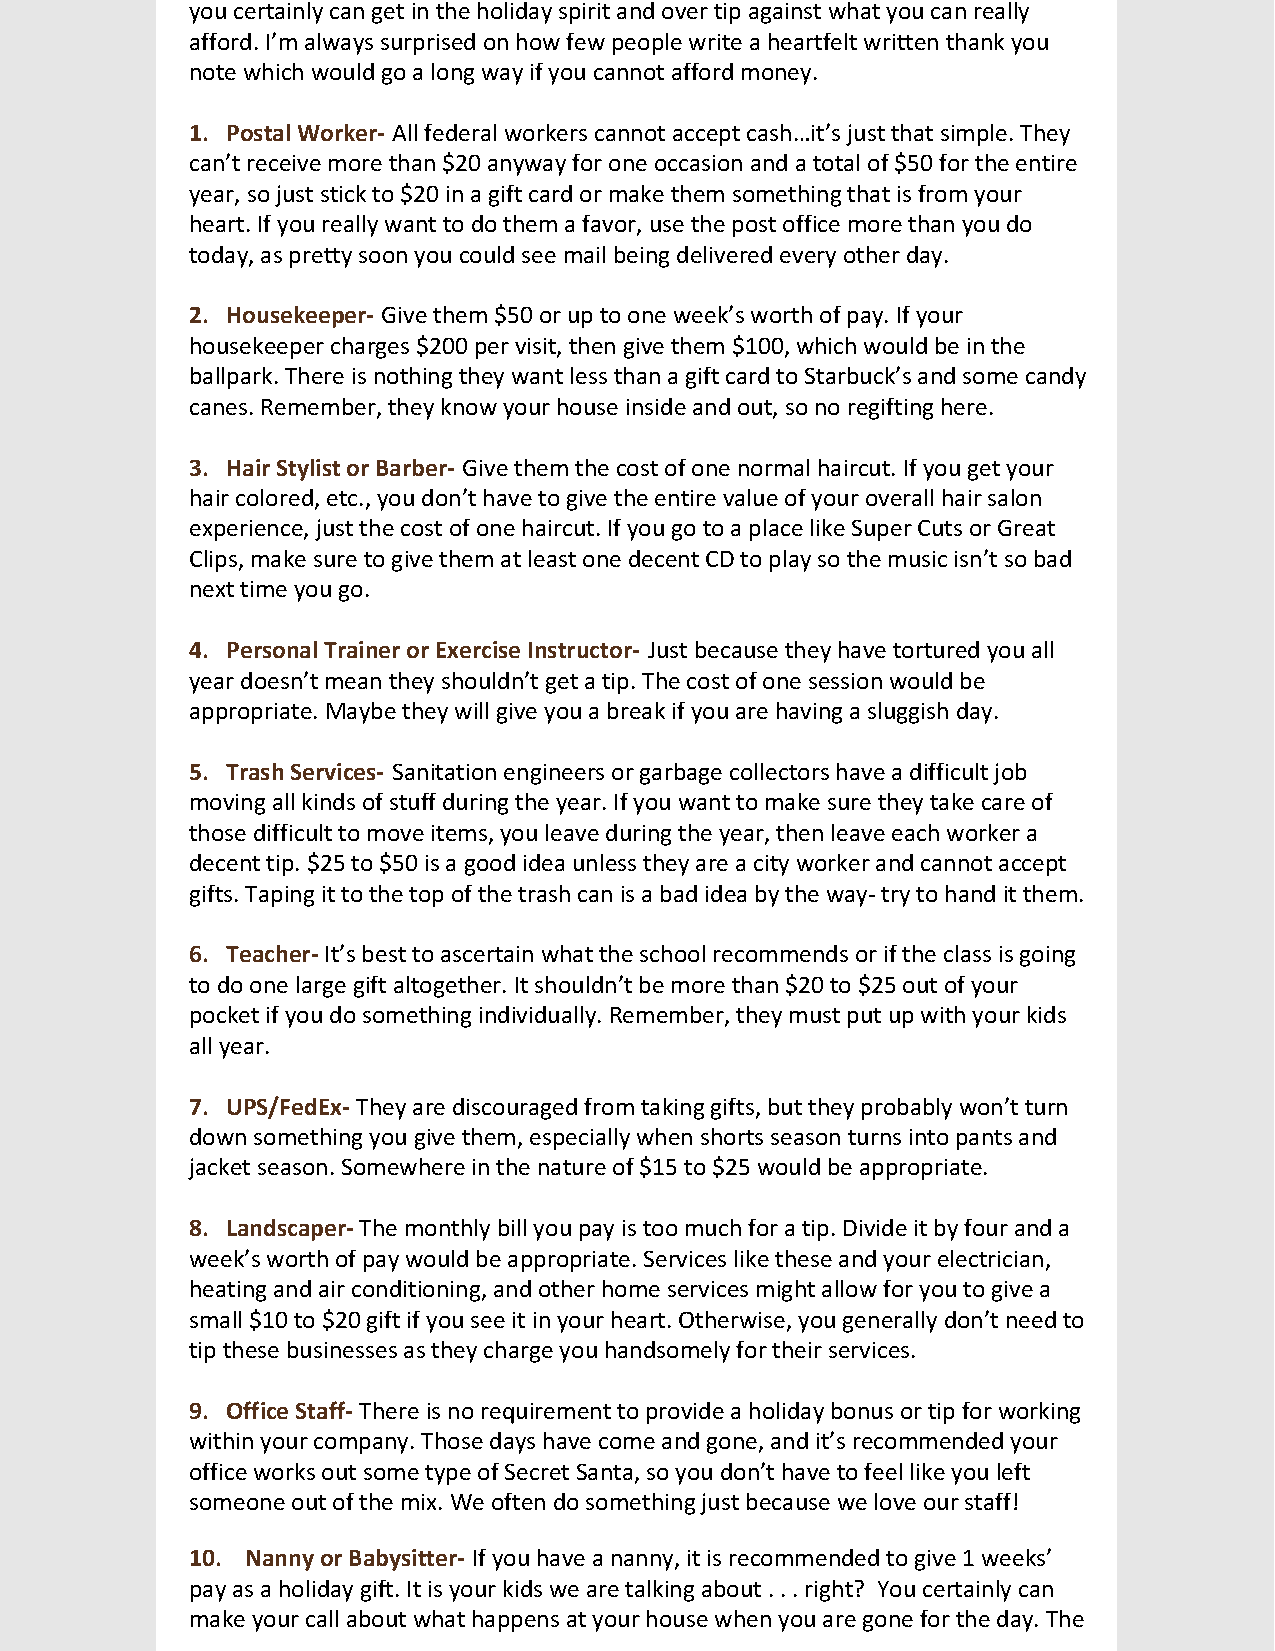
you certainly can get in the holiday spirit and over tip against what you can really
 afford. I’m always surprised on how few people write a heartfelt written thank you
 note which would go a long way if you cannot afford money.
 1. Postal Worker- All federal workers cannot accept cash…it’s just that simple. They
 can’t receive more than $20 anyway for one occasion and a total of $50 for the entire
 year, so just stick to $20 in a gift card or make them something that is from your
 heart. If you really want to do them a favor, use the post office more than you do
 today, as pretty soon you could see mail being delivered every other day.
 2. Housekeeper- Give them $50 or up to one week’s worth of pay. If your
 housekeeper charges $200 per visit, then give them $100, which would be in the
 ballpark. There is nothing they want less than a gift card to Starbuck’s and some candy
 canes. Remember, they know your house inside and out, so no regifting here.
 3. Hair Stylist or Barber- Give them the cost of one normal haircut. If you get your
 hair colored, etc., you don’t have to give the entire value of your overall hair salon
 experience, just the cost of one haircut. If you go to a place like Super Cuts or Great
 Clips, make sure to give them at least one decent CD to play so the music isn’t so bad
 next time you go.
 4. Personal Trainer or Exercise Instructor- Just because they have tortured you all
 year doesn’t mean they shouldn’t get a tip. The cost of one session would be
 appropriate. Maybe they will give you a break if you are having a sluggish day.
 5. Trash Services- Sanitation engineers or garbage collectors have a difficult job
 moving all kinds of stuff during the year. If you want to make sure they take care of
 those difficult to move items, you leave during the year, then leave each worker a
 decent tip. $25 to $50 is a good idea unless they are a city worker and cannot accept
 gifts. Taping it to the top of the trash can is a bad idea by the way- try to hand it them.
 6. Teacher- It’s best to ascertain what the school recommends or if the class is going
 to do one large gift altogether. It shouldn’t be more than $20 to $25 out of your
 pocket if you do something individually. Remember, they must put up with your kids
 all year.
 7. UPS/FedEx- They are discouraged from taking gifts, but they probably won’t turn
 down something you give them, especially when shorts season turns into pants and
 jacket season. Somewhere in the nature of $15 to $25 would be appropriate.
 8. Landscaper- The monthly bill you pay is too much for a tip. Divide it by four and a
 week’s worth of pay would be appropriate. Services like these and your electrician,
 heating and air conditioning, and other home services might allow for you to give a
 small $10 to $20 gift if you see it in your heart. Otherwise, you generally don’t need to
 tip these businesses as they charge you handsomely for their services.
 9. Office Staff- There is no requirement to provide a holiday bonus or tip for working
 within your company. Those days have come and gone, and it’s recommended your
 office works out some type of Secret Santa, so you don’t have to feel like you left
 someone out of the mix. We often do something just because we love our staff!
 10. Nanny or Babysitter- If you have a nanny, it is recommended to give 1 weeks’
 pay as a holiday gift. It is your kids we are talking about . . . right? You certainly can
 make your call about what happens at your house when you are gone for the day. The